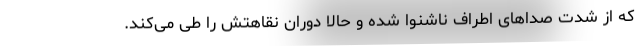
که از شدت صداهای اطراف ناشنوا شده و حالا دوران نقاهتش را طی می‌کند.